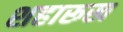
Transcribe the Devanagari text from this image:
शहारूख